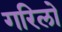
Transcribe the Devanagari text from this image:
गरिलो